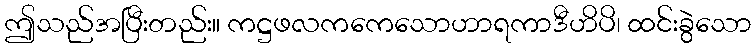
ဤသည်အပြီးတည်း။ ကဋ္ဌဖလကကေသောဟာရကာဒီဟိပိ၊ ထင်းခွဲသော